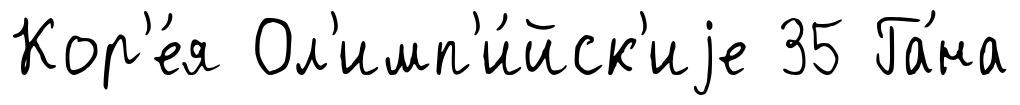
Кор'е́я Ол'имп'и́йск'иjе 35 Га́на